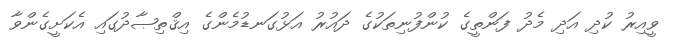
ވީއިރު ކުދި އަދި މެދު ފަންތީގެ ކުންފުނިތަކުގެ ދައުރު އަޅުގަނޑުމެންގެ އިޤްތިޞާދުގައި އެކަށީގެންވާ